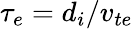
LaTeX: \tau_{e}=d_{i}/v_{te}